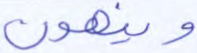
وينهون